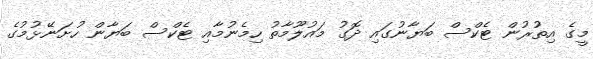
މީގެ އިތުރުން ޓެކްސް ބަޔާނުގައި ދޮގު މައުލޫމާތު ހިމެނުމާއި ޓެކްސް ބަޔާން ހުށަނޭޅުމުގެ